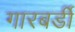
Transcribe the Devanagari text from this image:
गारबर्डी